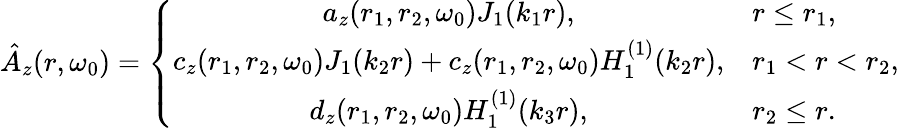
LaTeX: \hat{A}_{z}(r,\omega_{0})=\left\{ \begin{array}{cl}{a_{z}(r_{1},r_{2},\omega_{0})J_{1}(k_{1}r),}&{r\leq r_{1},}\\ {c_{z}(r_{1},r_{2},\omega_{0})J_{1}(k_{2}r)+c_{z}(r_{1},r_{2},\omega_{0})H_{1}^{(1)}(k_{2}r),}&{r_{1}<r<r_{2},}\\ {d_{z}(r_{1},r_{2},\omega_{0})H_{1}^{(1)}(k_{3}r),}&{r_{2}\le r.}\end{array}\right.